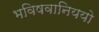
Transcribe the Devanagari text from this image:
भविषवानिययो